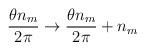
LaTeX: \begin{align*}\frac {\theta n_{m}}{2 \pi} \rightarrow \frac {\theta n_{m}}{2 \pi} + n_{m}\end{align*}